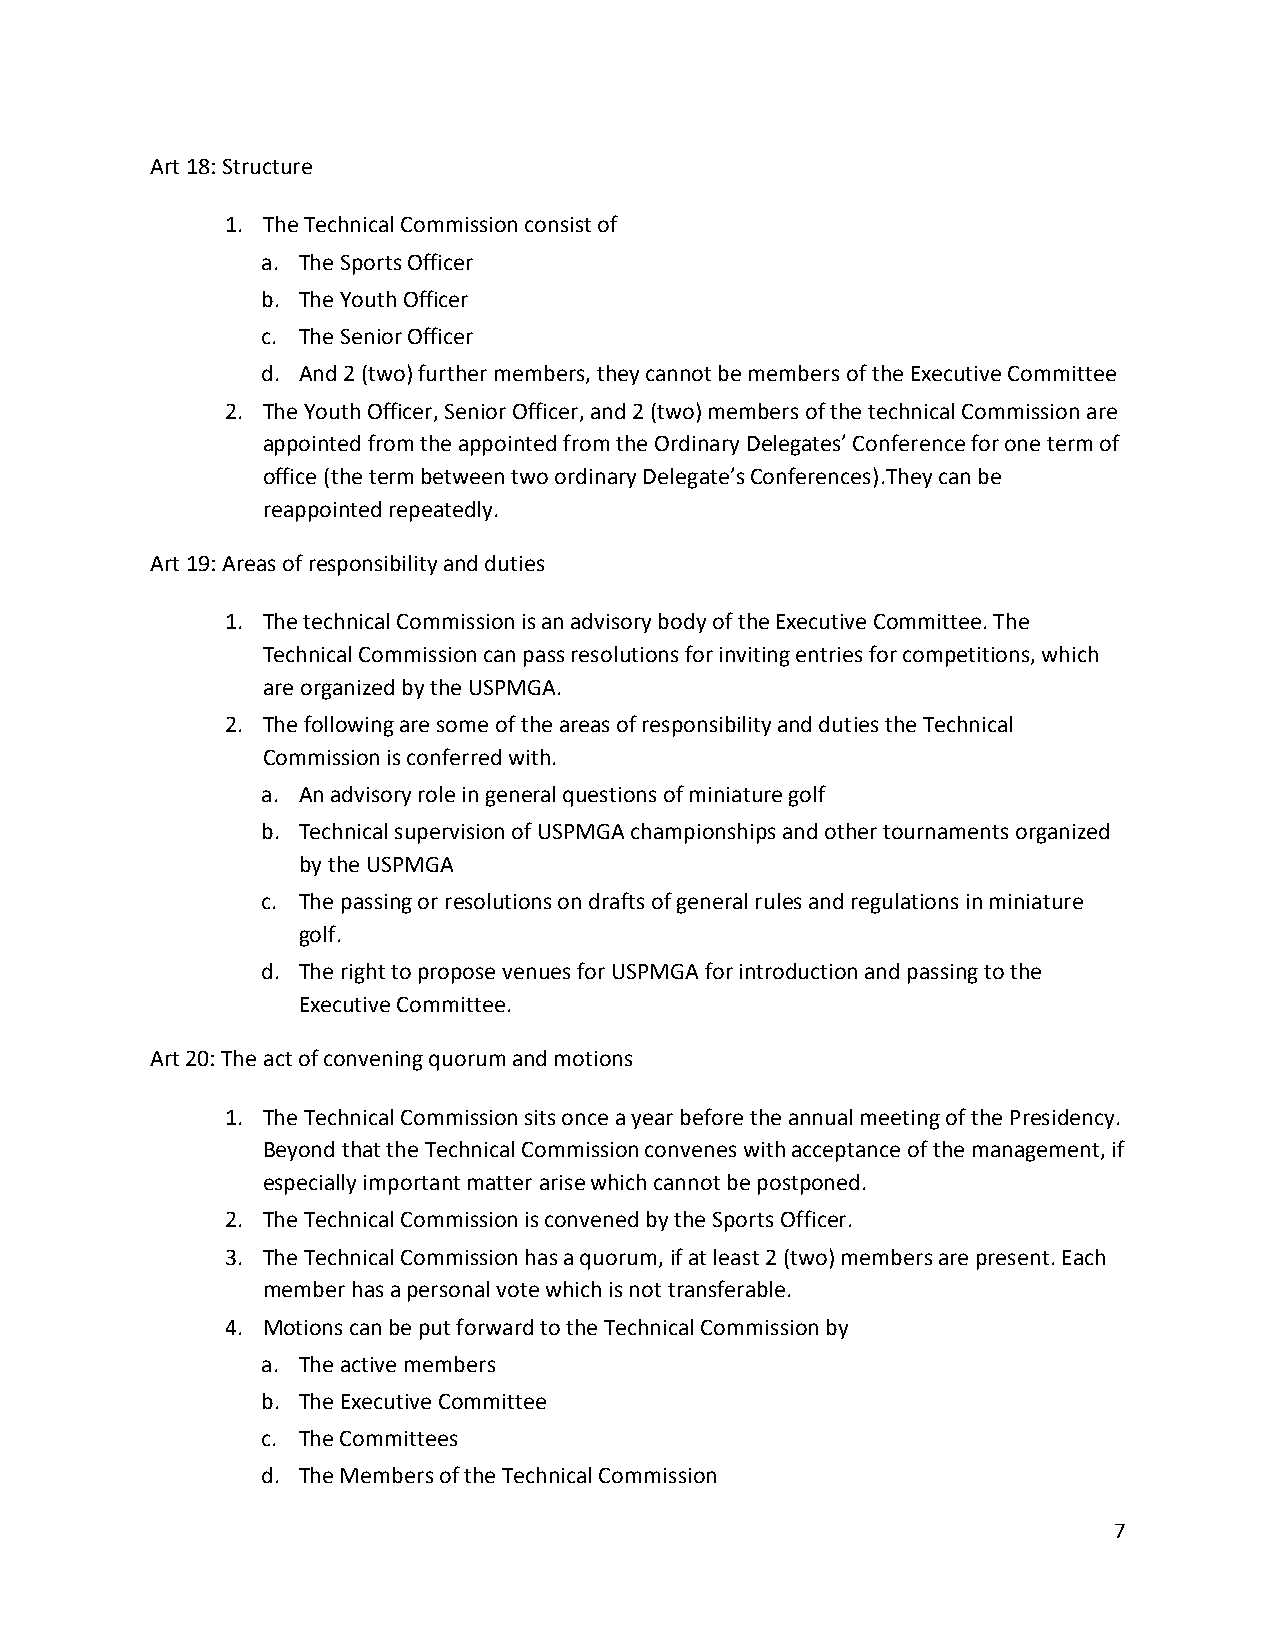
Art 18: Structure
 1. The Technical Commission consist of
 a. The Sports Officer
 b. The Youth Officer
 c. The Senior Officer
 d. And 2 (two) further members, they cannot be members of the Executive Committee
 2. The Youth Officer, Senior Officer, and 2 (two) members of the technical Commission are
 appointed from the appointed from the Ordinary Delegates’ Conference for one term of
 office (the term between two ordinary Delegate’s Conferences).They can be
 reappointed repeatedly.
 Art 19: Areas of responsibility and duties
 1. The technical Commission is an advisory body of the Executive Committee. The
 Technical Commission can pass resolutions for inviting entries for competitions, which
 are organized by the USPMGA.
 2. The following are some of the areas of responsibility and duties the Technical
 Commission is conferred with.
 a. An advisory role in general questions of miniature golf
 b. Technical supervision of USPMGA championships and other tournaments organized
 by the USPMGA
 c. The passing or resolutions on drafts of general rules and regulations in miniature
 golf.
 d. The right to propose venues for USPMGA for introduction and passing to the
 Executive Committee.
 Art 20: The act of convening quorum and motions
 1. The Technical Commission sits once a year before the annual meeting of the Presidency.
 Beyond that the Technical Commission convenes with acceptance of the management, if
 especially important matter arise which cannot be postponed.
 2. The Technical Commission is convened by the Sports Officer.
 3. The Technical Commission has a quorum, if at least 2 (two) members are present. Each
 member has a personal vote which is not transferable.
 4. Motions can be put forward to the Technical Commission by
 a. The active members
 b. The Executive Committee
 c. The Committees
 d. The Members of the Technical Commission
 7